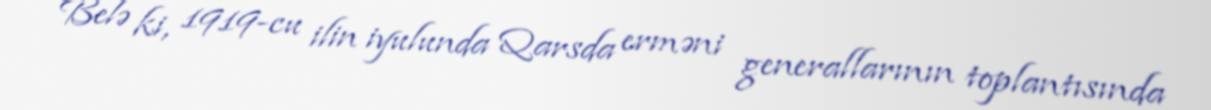
Belə ki, 1919-cu ilin iyulunda Qarsda erməni generallarının toplantısında